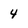
Character: 4